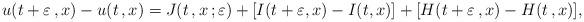
LaTeX: \begin{align*}u(t+\varepsilon\,,x) - u(t\,,x) = J(t\,,x\,;\varepsilon) + [I(t+\varepsilon,x)-I(t,x)] +[H(t+\varepsilon\,,x)-H(t\,,x)],\end{align*}